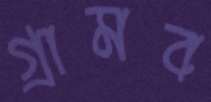
গ্রামব